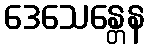
ဒေသေန္တေန